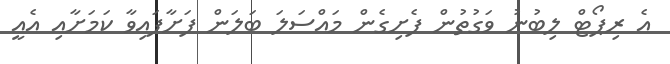
އެ ރިޕޯޓް ލިބުނު ވަގުތުން ފެށިގެން މައްސަލަ ބަލަން ފަށާފައިވާ ކަމަށާއި އެއީ